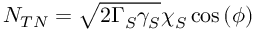
N _ { T N } = \sqrt { 2 \Gamma _ { S } ^ { } \gamma _ { S } ^ { } } \chi _ { S } ^ { } \cos { ( \phi ) }